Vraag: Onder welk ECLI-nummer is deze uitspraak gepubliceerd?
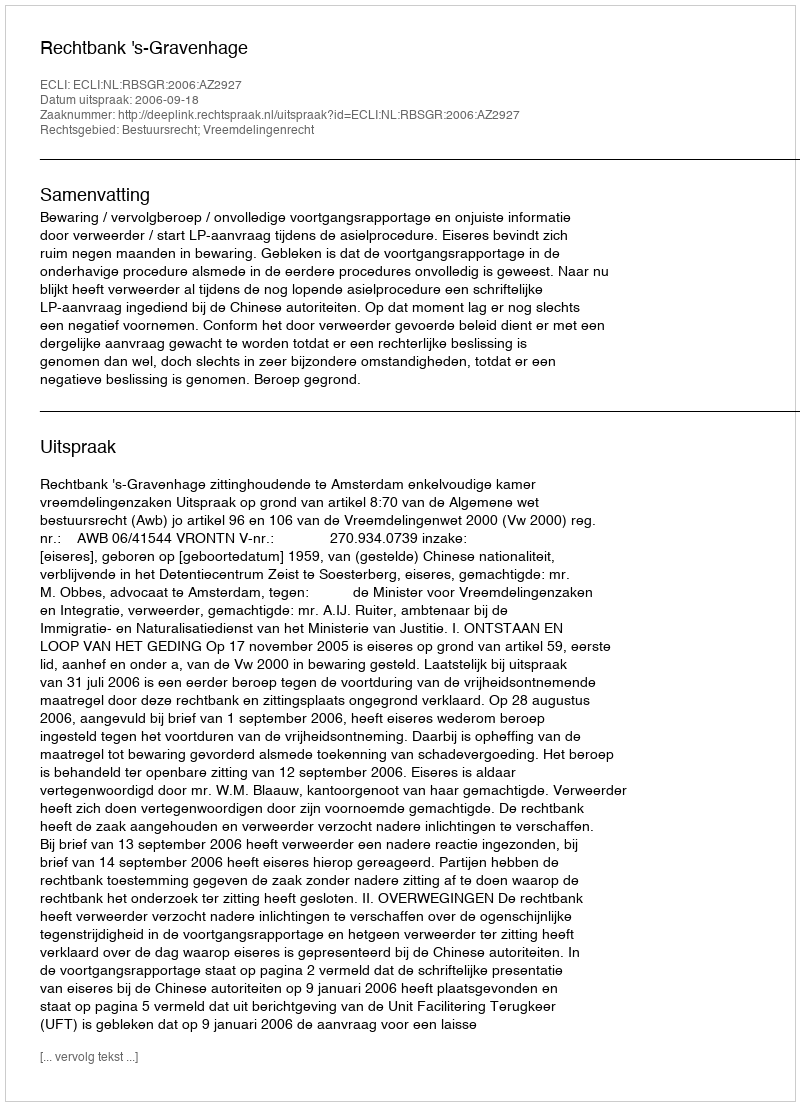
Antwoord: ECLI:NL:RBSGR:2006:AZ2927